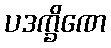
ပဒက္ခိဏေ